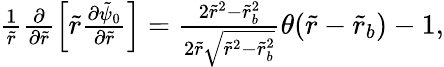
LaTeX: \begin{array}{r}{\frac{1}{\tilde{r}}\frac{\partial}{\partial\tilde{r}}\left[\tilde{r}\frac{\partial\tilde{\psi}_{0}}{\partial\tilde{r}}\right]=\frac{2\tilde{r}^{2}-\tilde{r}_{b}^{2}}{2\tilde{r}\sqrt{\tilde{r}^{2}-\tilde{r}_{b}^{2}}}\theta(\tilde{r}-\tilde{r}_{b})-1,}\end{array}